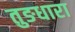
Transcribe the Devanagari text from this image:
तुङधारा